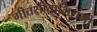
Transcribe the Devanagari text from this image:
गीतसीताभिरामो